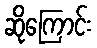
ဆိုကြောင်း